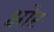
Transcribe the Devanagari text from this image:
क्षोर